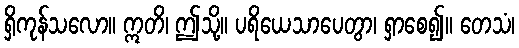
ရှိကုန်သလော။ ဣတိ၊ ဤသို့။ ပရိယေသာပေတွာ၊ ရှာစေ၍။ တေသံ၊